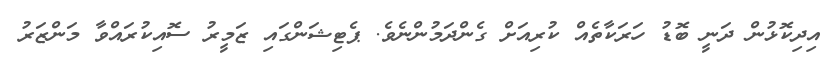
އިދިކޮޅުން ދަނީ ބޮޑު ހަރަކާތެއް ކުރިއަށް ގެންދަމުންނެވެ. ޕެޓިޝަންގައި ޒަމީރު ސޮއިކުރައްވާ މަންޒަރު